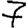
Digit: 7